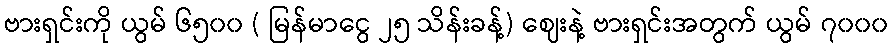
ဗားရှင်းကို ယွမ် ၆၅၀၀ ( မြန်မာငွေ ၂၅ သိန်းခန့်) ဈေးနဲ့ ဗားရှင်းအတွက် ယွမ် ၇၀၀၀